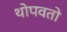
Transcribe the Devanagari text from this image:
थोपवतो